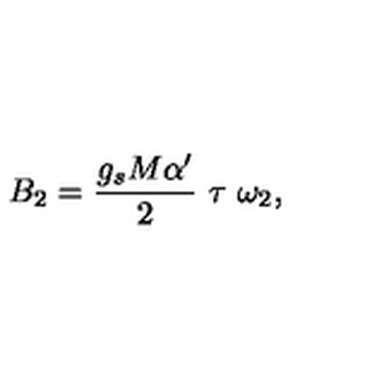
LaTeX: B _ { 2 } = \frac { g _ { s } M \alpha ^ { \prime } } { 2 } \ \tau \ \omega _ { 2 } ,